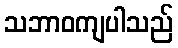
သဘာဝကျပါသည်